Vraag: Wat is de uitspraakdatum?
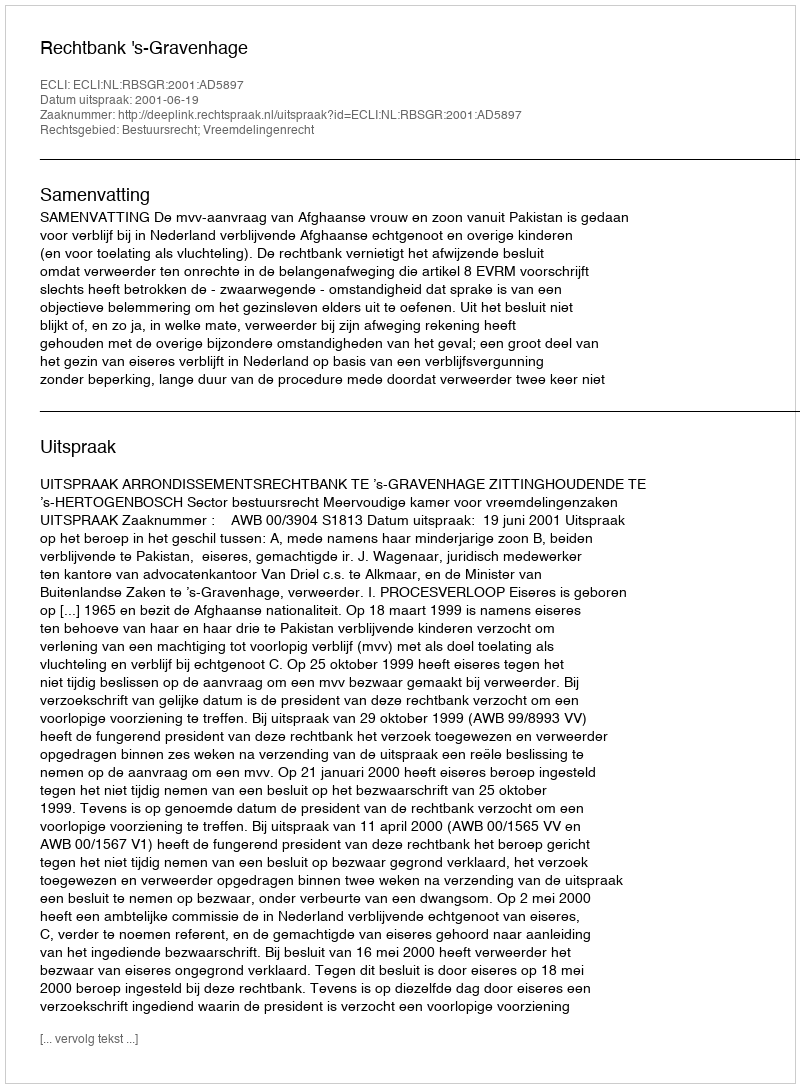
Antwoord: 2001-06-19